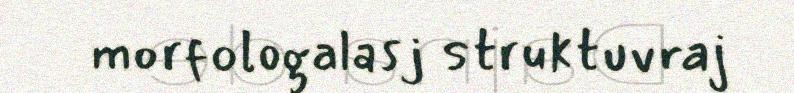
morfologalasj struktuvraj